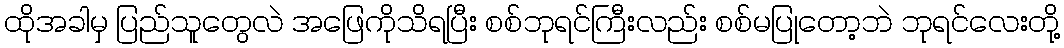
ထိုအခါမှ ပြည်သူတွေလဲ အဖြေကိုသိရပြီး စစ်ဘုရင်ကြီးလည်း စစ်မပြုတော့ဘဲ ဘုရင်လေးတို့